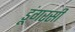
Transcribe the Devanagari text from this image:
डूंगरसी